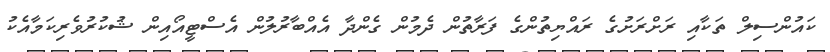
ކައުންސިލް ތަކާއި ރަށްރަށުގެ ރައްޔިތުންގެ ފަރާތުން ދެމުން ގެންދާ އެއްބާރުލުން އެސްޓީއޯއިން ޝުކުރުވެރިކަމާއެކު